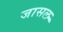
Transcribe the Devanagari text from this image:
जासल